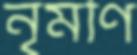
নৃমণি